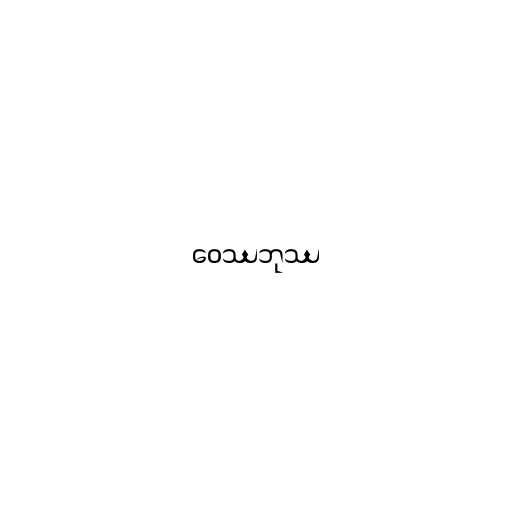
ဝေဿဘုဿ